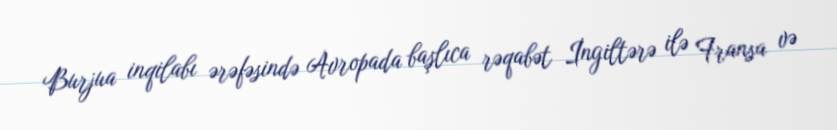
Burjua inqilabı ərəfəsində Avropada başlıca rəqabət İngiltərə ilə Fransa və